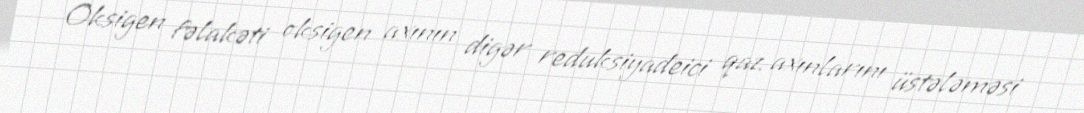
Oksigen fəlakəti oksigen axının digər reduksiyadeici qaz axınlarını üstələməsi